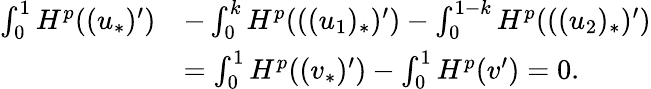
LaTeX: \begin{array}{rl}{\int_{0}^{1}H^{p}((u_{*})^{\prime})}&{-\int_{0}^{k}H^{p}(((u_{1})_{*})^{\prime})-\int_{0}^{1-k}H^{p}(((u_{2})_{*})^{\prime})}\\ &{=\int_{0}^{1}H^{p}((v_{*})^{\prime})-\int_{0}^{1}H^{p}(v^{\prime})=0.}\end{array}